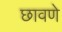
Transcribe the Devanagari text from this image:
छावणे